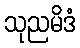
သုညမိဒံ